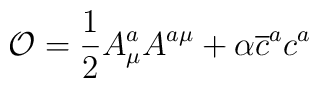
\mathcal{O}=\frac{1}{2}A_{\mu }^{a}A^{a\mu }+\alpha \overline{c}^{a}c^{a}